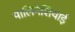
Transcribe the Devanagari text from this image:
पालिनेशियाई